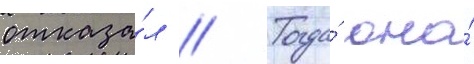
отказа́л // Тогда́ она́